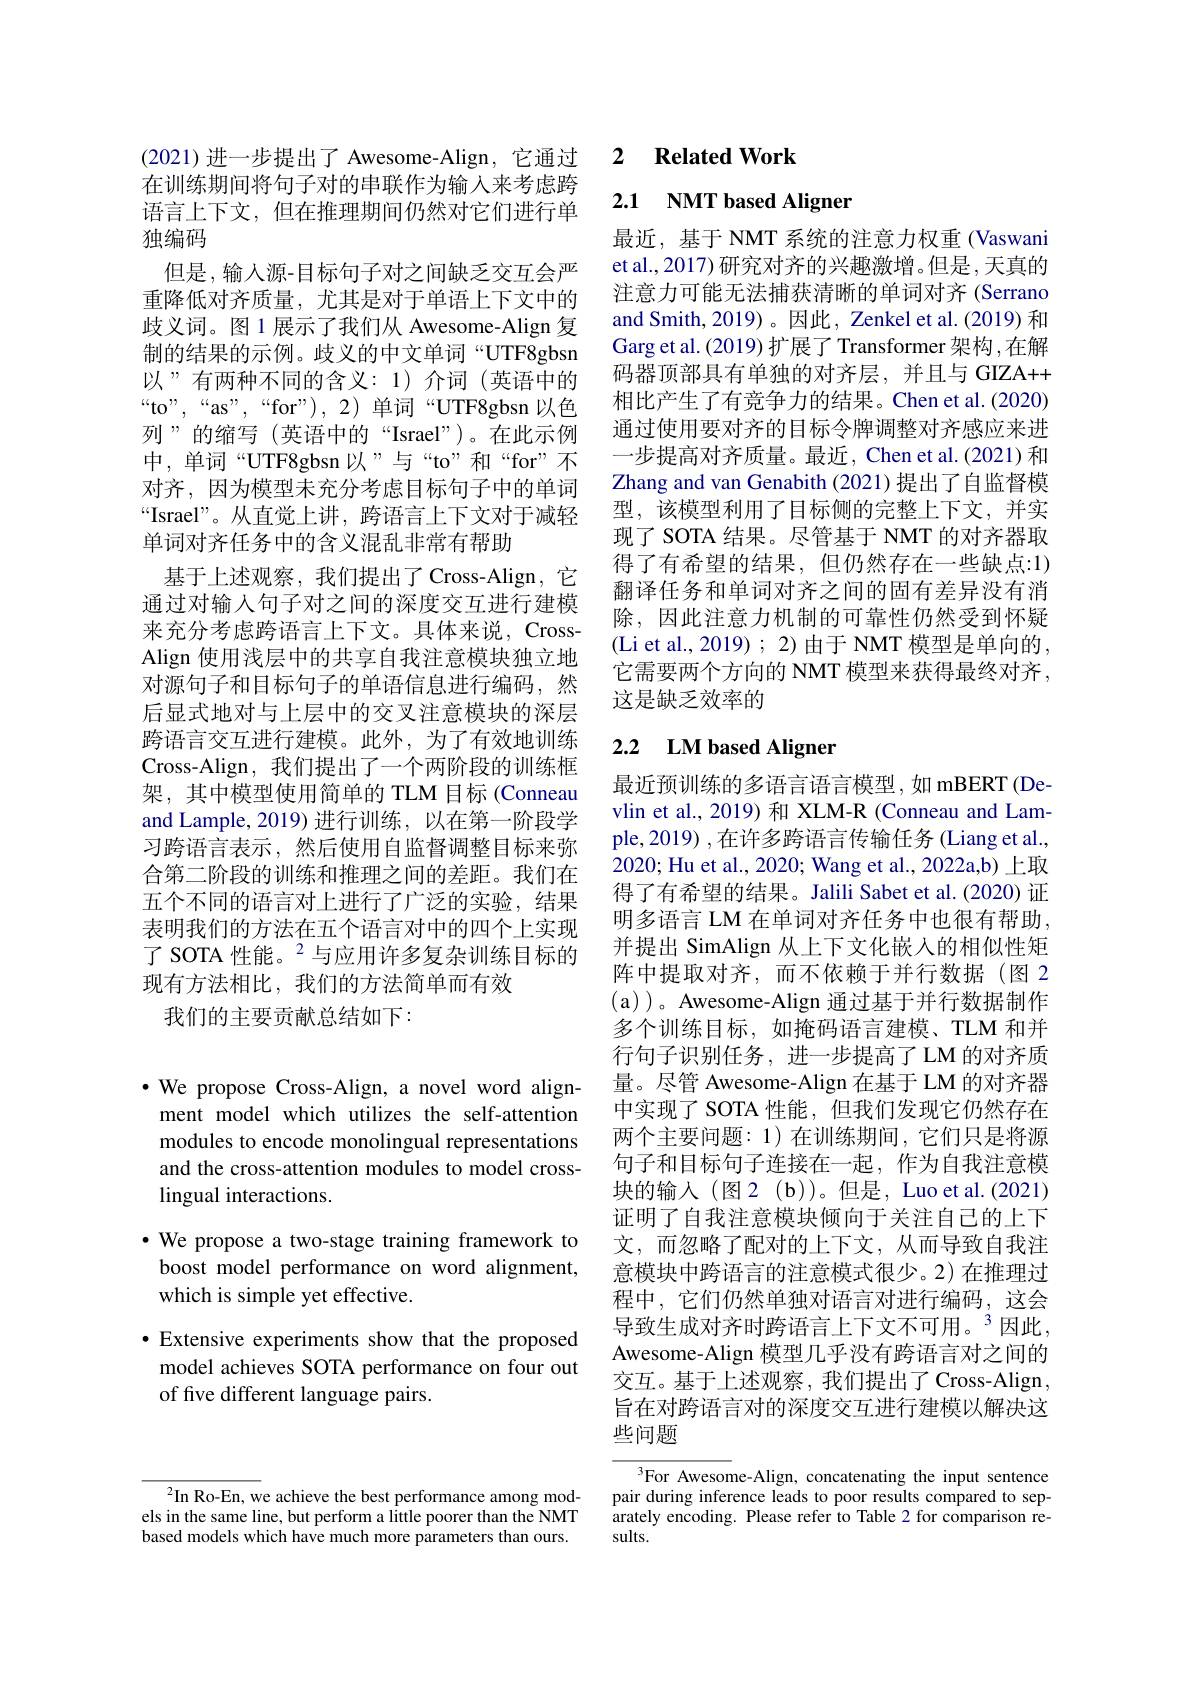
(2021)进一步提出了 Awesome-Align,它通过在训练期间将句子对的串联作为输入来考虑跨语言上下文，但在推理期间仍然对它们进行单独编码
但是，输入源-目标句子对之间缺乏交互会严重降低对齐质量，尤其是对于单语上下文中的歧义词。图 1 展示了我们从 Awesome-Align 复制的结果的示例。歧义的中文单词“UTF8gbsn 以”有两种不同的含义：1)介词(英语中的“to”,“as”,“for”),2)单词“UTF8gbsn以色列”的缩写(英语中的“Israel”)。在此示例中，单词“UTF8gbsn以”与“to”和“for”不对齐，因为模型未充分考虑目标句子中的单词“Israel”。从直觉上讲，跨语言上下文对于减轻单词对齐任务中的含义混乱非常有帮助
基于上述观察，我们提出了Cross-Align,它通过对输入句子对之间的深度交互进行建模来充分考虑跨语言上下文。具体来说，CrossAlign 使用浅层中的共享自我注意模块独立地对源句子和目标句子的单语信息进行编码，然后显式地对与上层中的交叉注意模块的深层跨语言交互进行建模。此外，为了有效地训练Cross-Align,我们提出了一个两阶段的训练框架，其中模型使用简单的 TLM 目标 (Conneau and Lample,2019)进行训练，以在第一阶段学习跨语言表示，然后使用自监督调整目标来弥合第二阶段的训练和推理之间的差距。我们在五个不同的语言对上进行了广泛的实验，结果表明我们的方法在五个语言对中的四个上实现了 SOTA 性能。$^{2}$与应用许多复杂训练目标的现有方法相比，我们的方法简单而有效
我们的主要贡献总结如下：

$\cdot$ We propose Cross-Align, a novel word alignment model which utilizes the self-attention modules to encode monolingual representations and the cross-attention modules to model crosslingual interactions.
$\bullet$ We propose a two-stage training framework to
boost model performance on word alignment,
which is simple yet effective.
$\bullet$ Extensive experiments show that the proposed model achieves SOTA performance on four out of five different language pairs.

## 2 Related Work

## 2.1 NMT based Aligner

最近，基于 NMT 系统的注意力权重 (Vaswani et al., 2017) 研究对齐的兴趣激增。但是 ,天真的注意力可能无法捕获清晰的单词对齐 (Serrano and Smith, 2019)。因此，Zenkel et al. (2019) 和Garg et al. (2019) 扩展了 Transformer 架构 ,在解码器顶部具有单独的对齐层，并且与 GIZA++ 相比产生了有竞争力的结果。Chen et al.(2020) 通过使用要对齐的目标令牌调整对齐感应来进一步提高对齐质量。最近，Chen et al.(2021) 和Zhang and van Genabith (2021)提出了自监督模型，该模型利用了目标侧的完整上下文，并实现了 SOTA 结果。尽管基于 NMT 的对齐器取得了有希望的结果，但仍然存在一些缺点：1) 翻译任务和单词对齐之间的固有差异没有消除，因此注意力机制的可靠性仍然受到怀疑(Li et al., 2019) ; 2) 由于 NMT 模型是单向的， 它需要两个方向的 NMT 模型来获得最终对齐， 这是缺乏效率的

## 2.2 $\textbf{LM based Aligner}$

最近预训练的多语言语言模型，如 mBERT(Devlin et al., 2019) 和 XLM-R (Conneau and Lample,2019) ,在许多跨语言传输任务 (Liang et al. 2020; Hu et al., 2020; Wang et al., 2022a,b) 上取得了有希望的结果。Jalili Sabet et al.(2020) 证明多语言 LM 在单词对齐任务中也很有帮助， 并提出 SimAlign 从上下文化嵌入的相似性矩阵中提取对齐，而不依赖于并行数据(图 2 (a) )。Awesome-Align 通过基于并行数据制作多个训练目标，如掩码语言建模、TLM 和并行句子识别任务，进一步提高了LM 的对齐质量。尽管 Awesome-Align 在基于 LM 的对齐器中实现了 SOTA 性能，但我们发现它仍然存在两个主要问题：1)在训练期间，它们只是将源句子和目标句子连接在一起，作为自我注意模块的输入(图2(b))。但是，Luoet al.(2021) 证明了自我注意模块倾向于关注自己的上下文，而忽略了配对的上下文，从而导致自我注意模块中跨语言的注意模式很少。2) 在推理过程中，它们仍然单独对语言对进行编码，这会导致生成对齐时跨语言上下文不可用。$^{3}$因此， Awesome-Align 模型几乎没有跨语言对之间的交互。基于上述观察，我们提出了Cross-Align, 旨在对跨语言对的深度交互进行建模以解决这些问题

$^{3}$For Awesome-Align,concatenating the input sentence pair during inference leads to poor results compared to separately encoding. Please refer to Table 2 for comparison results.

$^2$In Ro-En, we achieve the best performance among models in the same line, but perform a little poorer than the NMT based models which have much more parameters than ours.